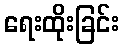
ရေးထိုးခြင်း